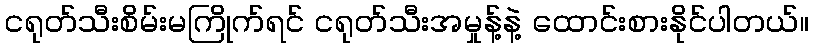
ငရုတ်သီးစိမ်းမကြိုက်ရင် ငရုတ်သီးအမှုန့်နဲ့ ထောင်းစားနိုင်ပါတယ်။